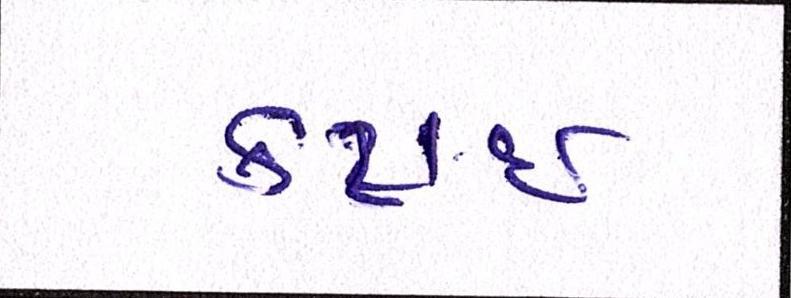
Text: કટાઈ